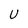
Character: U